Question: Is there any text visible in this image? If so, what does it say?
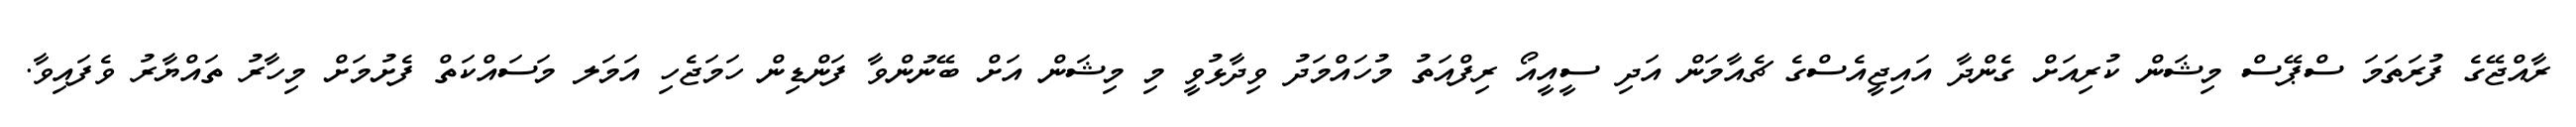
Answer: ރާއްޖޭގެ ފުރަތަމަ ސްޕޭސް މިޝަން ކުރިއަށް ގެންދާ އައިޖީއެސްގެ ޗެއާމަން އަދި ސީއީއޯ ރިފްއަތު މުހައްމަދު ވިދާޅުވީ މި މިޝަން އަށް ބޭނުންވާ ފަންޑިން ހަމަޖެހި އަމަލ މަސައްކަތް ފެށުމަށް މިހާރު ތައްޔާރު ވެފައިވާ.